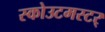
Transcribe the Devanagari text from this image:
स्कोउटमस्टर्